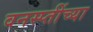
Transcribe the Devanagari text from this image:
वनस्प्तींच्या